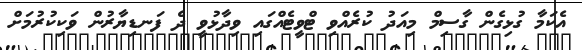
އެކަމާ ގުޅިގެން ގާސިމް މިއަދު ކުރެއްވި ޓްވީޓެއްގައި ވިދާޅުވީ ދެ ފަނޑިޔާރުން ވަކިކުރުމަށް